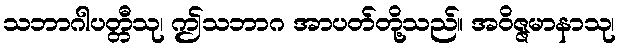
သဘာဂါပတ္တီသု၊ ဤသဘာဂ အာပတ်တို့သည်။ အဝိဇ္ဇမာနာသု၊